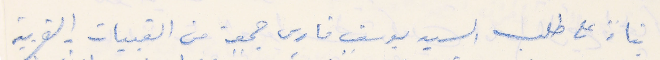
بناء على طلب السيد يوسف فارس جمعة من القبيات الغربية